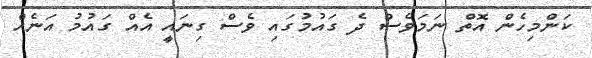
ކަންމިހެން އޮތް ނަމަވެސް ދެ ގައުމުގައި ވެސް ގިނައީ އެއް ގައުމު އަނެއް